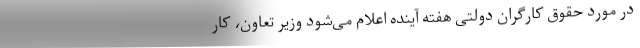
در مورد حقوق کارگران دولتی هفته آینده اعلام می‌شود وزیر تعاون، کار